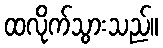
ထလိုက်သွားသည်။